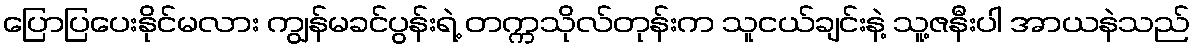
ပြောပြပေးနိုင်မလား ကျွန်မခင်ပွန်းရဲ့ တက္ကသိုလ်တုန်းက သူငယ်ချင်းနဲ့ သူ့ဇနီးပါ အာယနဲသည်